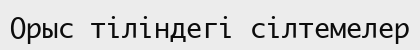
Орыс тіліндегі сілтемелер